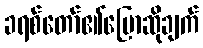
ခရစ်တော်၏ပြောဆိုချက်